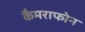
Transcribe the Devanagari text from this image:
कैमराफोन